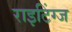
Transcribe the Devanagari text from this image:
राइटिंग्ज